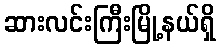
ဆားလင်းကြီးမြို့နယ်ရှိ